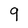
Character: 9